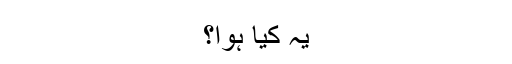
یہ کیا ہوا؟